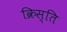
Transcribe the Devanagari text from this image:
क्रिस्ति